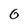
Character: 0